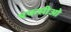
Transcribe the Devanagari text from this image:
एफसीओ